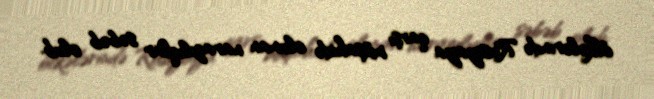
ölkələrində Rusiyaya qarşı müşahidə olunan narazılıqlar səbəb olub.